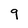
Character: 9